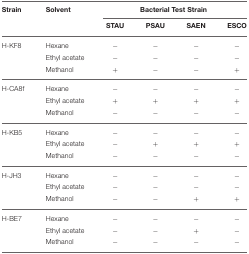
| Strain | Solvent | <COLSPAN=4> Bacterial Test Strain |
 |  |  | STAU | PSAU | SAEN | ESCO |
 | --- | --- | --- | --- | --- | --- |
 | H-KF8 | Hexane | − | − | − | − |
 |  | Ethyl acetate | − | − | − | − |
 |  | Methanol | + | − | − | + |
 | H-CA8f | Hexane | − | − | − | − |
 |  | Ethyl acetate | + | + | + | + |
 |  | Methanol | − | − | − | − |
 | H-KB5 | Hexane | − | − | − | − |
 |  | Ethyl acetate | − | + | + | + |
 |  | Methanol | − | − | − | − |
 | H-JH3 | Hexane | − | − | − | − |
 |  | Ethyl acetate | − | − | − | − |
 |  | Methanol | − | − | + | + |
 | H-BE7 | Hexane | − | − | − | − |
 |  | Ethyl acetate | − | − | + | − |
 |  | Methanol | − | − | − | − |